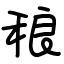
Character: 稂